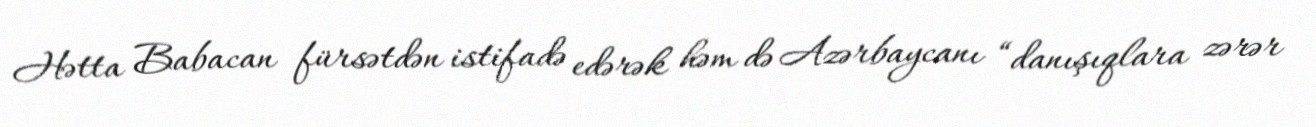
Hətta Babacan fürsətdən istifadə edərək həm də Azərbaycanı “danışıqlara zərər